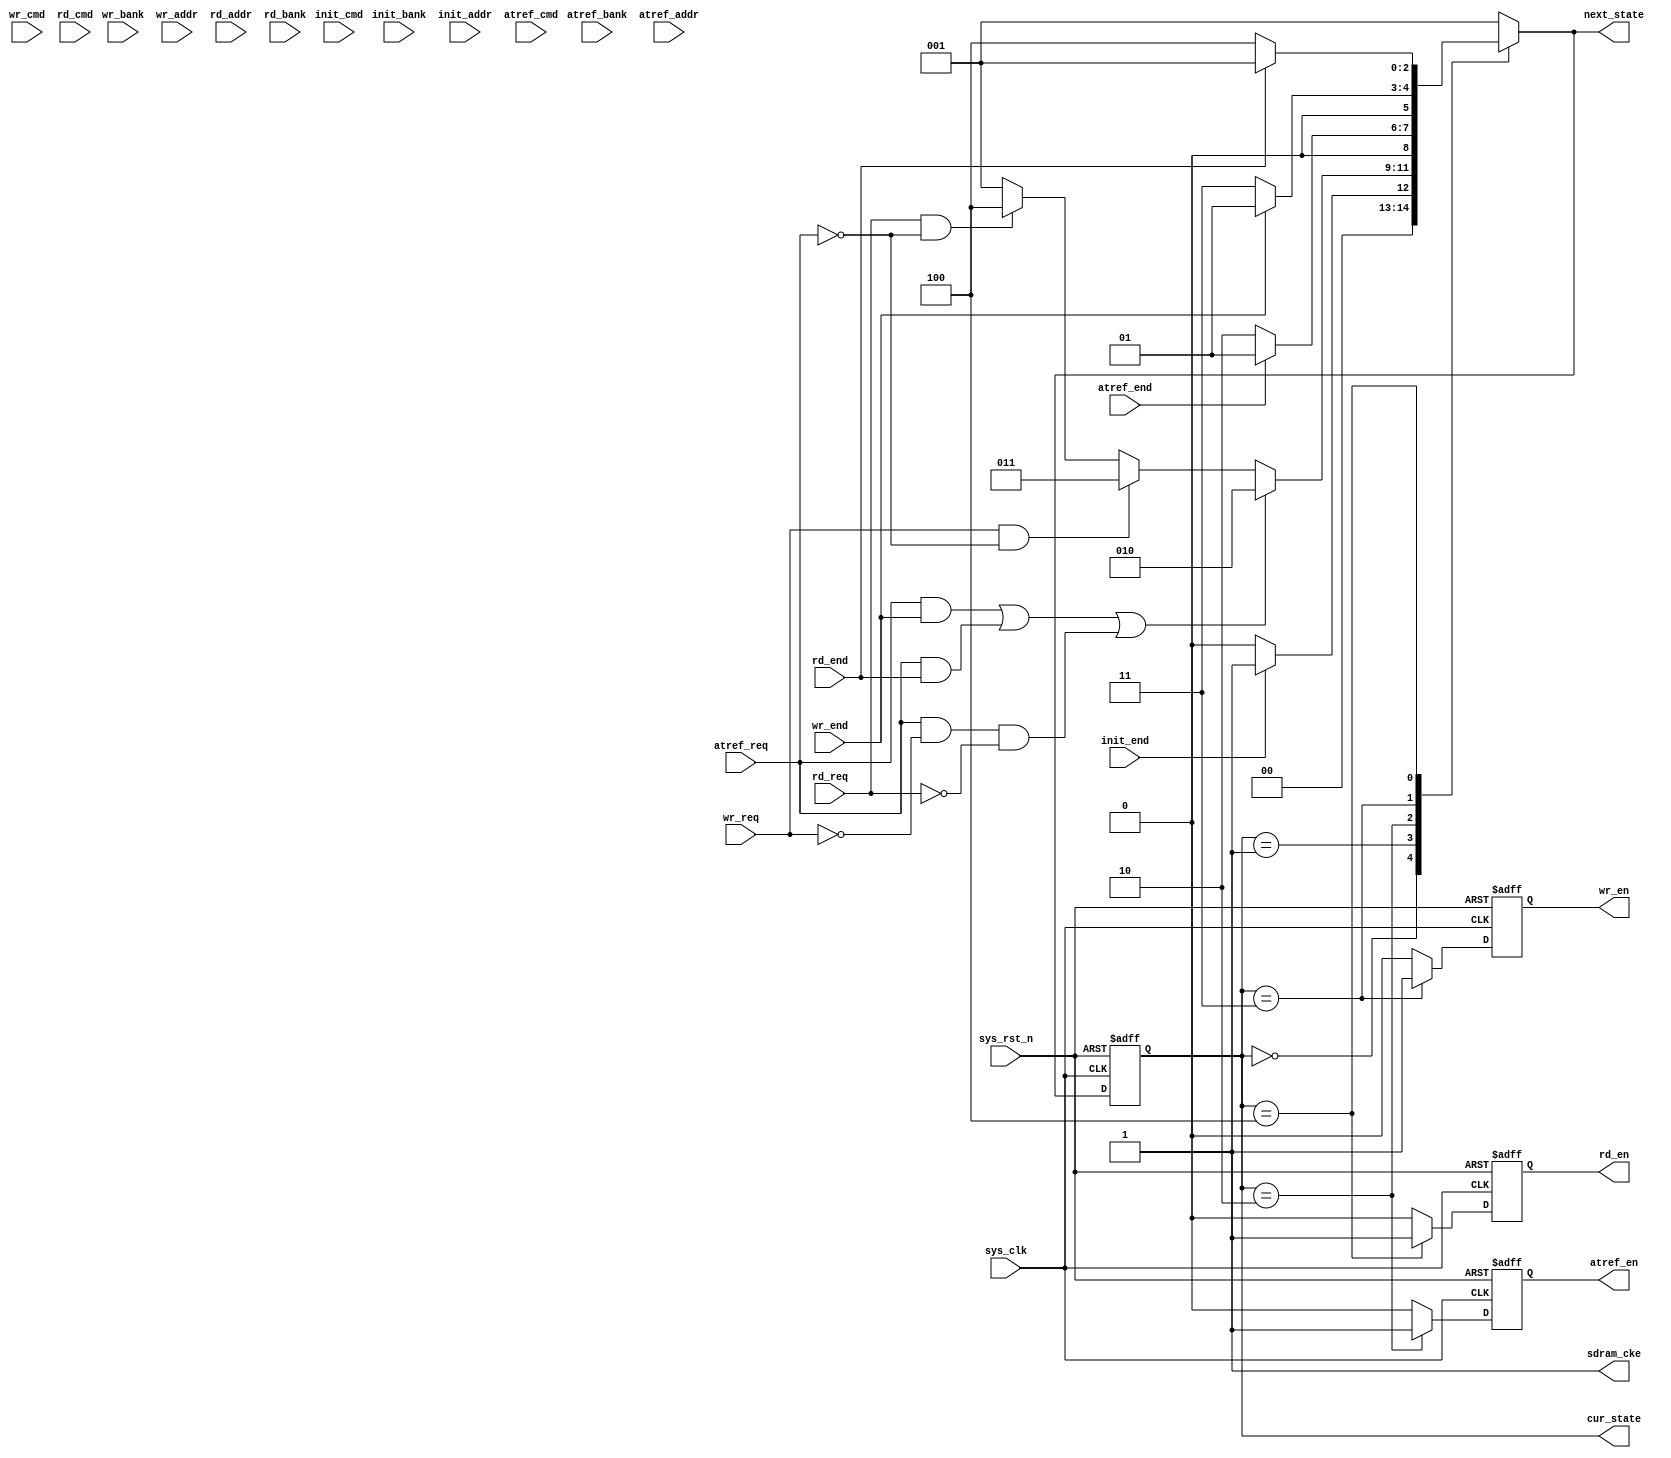
module sdram_pro_arbit(
		// input
		input					sys_clk					,
		input					sys_rst_n				,
		//sdram_init	
		input   wire    [3:0]   init_cmd    			,   //初始化阶段命令
		input   wire            init_end    			,   //初始化结束标志
		input   wire    [1:0]   init_bank				,   //初始化阶段Bank地址
		input   wire    [12:0]  init_addr   			,   //初始化阶段数据地址
		//sdram_auto_ref			
		input   wire            atref_req				,   //自刷新请求
		input   wire            atref_end				,   //自刷新结束
		input   wire    [3:0]   atref_cmd				,   //自刷新阶段命令
		input   wire    [1:0]   atref_bank				,   //自动刷新阶段Bank地址
		input   wire    [12:0]  atref_addr				,   //自刷新阶段数据地址
		//sdram_write		
		input   wire            wr_req     				,   //写数据请求
		input   wire    [1:0]   wr_bank					,   //写阶段Bank地址
		input   wire            wr_end     				,   //一次写结束信号
		input   wire    [3:0]   wr_cmd     				,   //写阶段命令
		input   wire    [12:0]  wr_addr    				,   //写阶段数据地址
		//input   wire			wr_data_valid			,   //写数据有效
		//input   wire    [15:0]  wr_sdram_data			,   //要写入sdram的数据
		//sdram_read		
		input   wire            rd_req      			,   //读数据请求
		input   wire            rd_end      			,   //一次读结束
		input   wire    [3:0]   rd_cmd      			,   //读阶段命令
		input   wire    [12:0]  rd_addr     			,   //读阶段数据地址
		input   wire    [1:0]   rd_bank					,   //读阶段Bank地址
				
		// output			
		output  reg             atref_en    			,   //自刷新使能
		output  reg             wr_en       			,   //写数据使能
		output  reg             rd_en       			,   //读数据使能	
		//sdram接口			
		output  wire            sdram_cke   			,   //SDRAM时钟使能
		// output  wire            sdram_cs_n  			,   //SDRAM片选信号
		// output  wire            sdram_ras_n 			,   //SDRAM行地址选通
		// output  wire            sdram_cas_n 			,   //SDRAM列地址选通
		// output  wire            sdram_we_n  			,   //SDRAM写使能
		//output	reg		[3:0]	sdram_cmd				,	//SDRAM合在一起
		//output  reg     [1:0]   sdram_bank				,   //SDRAM Bank地址
		//output  reg     [11:0]  sdram_addr  			    //SDRAM地址总线
		//inout   wire    [15:0]  sdram_dq    			    //SDRAM数据总线
		output	reg		[2:0]	cur_state				,
		output	reg		[2:0]	next_state				

);

	//// define ////
	// 状态机状态定义
	parameter INIT 			= 'd0;
	parameter ARBIT 		= 'd1;
	parameter AUTO_REFRESH 	= 'd2;
	parameter WRITE 		= 'd3;
	parameter READ 			= 'd4;
	
	// reg [2:0] cur_state, next_state;
	
	
	//// main code ////
	//wr_sdram_data:写入 SDRAM 的数据
	//assign sdram_dq = (wr_data_valid == 1'b1) ? wr_sdram_data : 16'bz;
	//片选信号,行地址选通信号,列地址选通信号,写使能信号
	//assign  {sdram_cs_n, sdram_ras_n, sdram_cas_n, sdram_we_n} = sdram_cmd;

	// sdram_cke
	assign sdram_cke = 1'b1;

	// 三段式状态机
	// 三段式状态机-第一段
	always @(posedge sys_clk or negedge sys_rst_n) begin
		if(!sys_rst_n) begin
			cur_state <= INIT;
		end
		else begin
			cur_state <= next_state;
		end
	end
	
	// 三段式状态机-第二段
	always @(*) begin
		case(cur_state)
			INIT :begin
				if(init_end) begin
					next_state = ARBIT;
				end
				else begin
					next_state = INIT;
				end
			end
			//////////////////////////////////// important //////////////////////////////////////
			ARBIT : begin // 仲裁状态-主要控制逻辑，按照自己思路写，把突发长度控制一下，不要太长
				if((atref_req && wr_end) || (atref_req && rd_end) || (atref_req && !wr_req && !rd_req)) begin // 注意atref_req信号在其模块内需要拉高的时间以及拉低的条件
					next_state = AUTO_REFRESH;
				end
				else if(wr_req && !atref_req) begin
					next_state = WRITE;
				end
				else if(rd_req && !atref_req) begin
					next_state = READ;
				end
				else begin
					next_state = ARBIT;
				end
			end
			////////////////////////////////////////////////////////////////////////////////////
			AUTO_REFRESH : begin
				if(atref_end) begin
					next_state = ARBIT;
				end
				else begin
					next_state = AUTO_REFRESH;
				end
			end	
			WRITE : begin
				if(wr_end) begin
					next_state = ARBIT;
				end
				else begin
					next_state = WRITE;
				end
			end
			READ : begin
				if(rd_end) begin
					next_state = ARBIT;
				end
				else begin
					next_state = READ;
				end
			end
			default : begin
				next_state = ARBIT;
			end
		endcase
	end

	// 三段式状态机-第三段 -- 输出各模块en信号
	always @(posedge sys_clk or negedge sys_rst_n) begin
		if(!sys_rst_n) begin
			atref_en   <= 1'b0;
			wr_en      <= 1'b0;
			rd_en      <= 1'b0;
		end
		else begin
			case(cur_state)
				INIT : begin
					atref_en <= 1'b0;
					wr_en    <= 1'b0;
					rd_en    <= 1'b0;
				end
				ARBIT : begin
					atref_en <= 1'b0;
					wr_en    <= 1'b0;
					rd_en    <= 1'b0;
				end
				AUTO_REFRESH : begin
					atref_en <= 1'b1;
					wr_en    <= 1'b0;
					rd_en    <= 1'b0;
				end
				WRITE : begin
					atref_en <= 1'b0;
					wr_en    <= 1'b1;
					rd_en    <= 1'b0;					
				end
				READ : begin
					atref_en <= 1'b0;
					wr_en    <= 1'b0;
					rd_en    <= 1'b1;	
				end
				default : begin
					atref_en <= 1'b0;
					wr_en    <= 1'b0;
					rd_en    <= 1'b0;
				end
			endcase
		end
	end









































endmodule